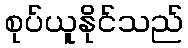
စုပ်ယူနိုင်သည်